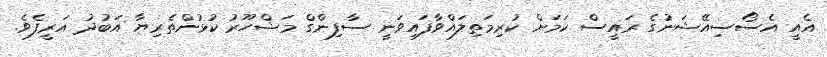
އެއީ އެސޯސިއޭޝަނުގެ ރައީސް ކަމަށް ކުރިމަތިލައްވާފައިވަނީ ސާފިންގް މަޝްހޫރު ކުޅުންތެރިޔާ އަބުދު އަރީފެވެ.